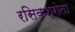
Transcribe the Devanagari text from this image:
रसिकश्रोता